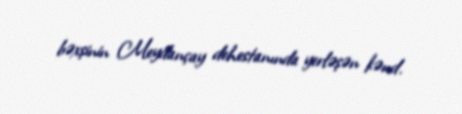
bəxşinin Meydançay dehestanında yerləşən kənd.